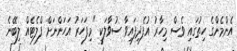
އެންމެންގެ ހިތުގައި ވެސް މިހާރު އުފެދިފައިވާ ސުވާލަކީ "މިފަހަރު އަހަންނަށް ފްލެޓެއް ލިބޭނެ